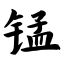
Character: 锰